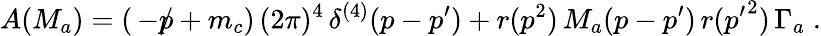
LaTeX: A(M_{a})=(\, -\rlap/p+m_{c})\, (2\pi)^{4}\, \delta^{(4)}(p-p^{\prime})+r(p^{2})\, M_{a}(p-p^{\prime})\, r({p^{\prime}}^{2})\, \Gamma_{a}\; .